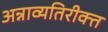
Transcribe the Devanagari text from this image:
अन्नाव्यतिरीक्त